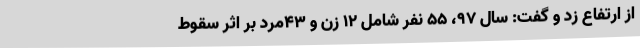
از ارتفاع زد و گفت: سال 97، 55 نفر شامل 12 زن و 43مرد بر اثر سقوط